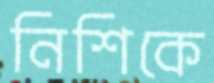
নিশিকে